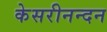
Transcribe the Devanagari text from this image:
केसरीनन्दन